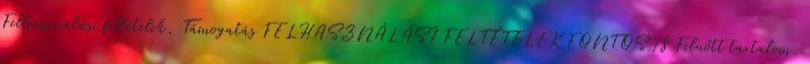
Felhasználási feltételek, Támogatás FELHASZNÁLÁSI FELTÉTELEK FONTOS 18 Felnőtt tartalom.